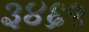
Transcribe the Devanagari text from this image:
३४६५